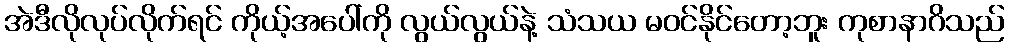
အဲဒီလိုလုပ်လိုက်ရင် ကိုယ့်အပေါ်ကို လွယ်လွယ်နဲ့ သံသယ မဝင်နိုင်တော့ဘူး ကုစာနာဂိသည်